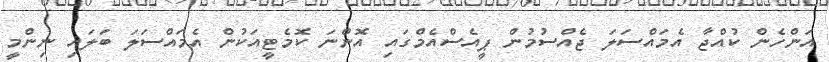
އަންހެން ކުއްޖާ އެމައްސަލަ ޖެއްސުމުން ޕީއެސްއެމްގައި އޮންނަ ކޮމެޓީއަކުން އެމައްސަލަ ބަލައި ނިންމީ